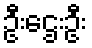
ဦးဌေးဦး